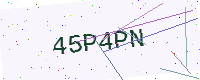
Text: 45P4PN